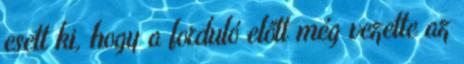
esett ki, hogy a forduló előtt még vezette az